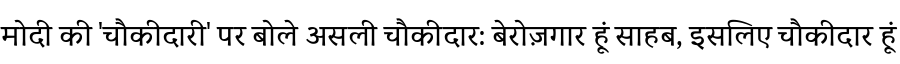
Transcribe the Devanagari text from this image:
मोदी की 'चौकीदारी' पर बोले असली चौकीदार: बेरोज़गार हूं साहब, इसलिए चौकीदार हूं